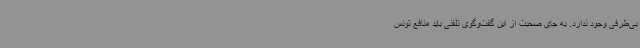
بی‌طرفی وجود ندارد. به جای صحبت از این گفت‌وگوی تلفنی باید منافع تونس